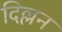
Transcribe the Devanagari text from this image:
दिल्लन